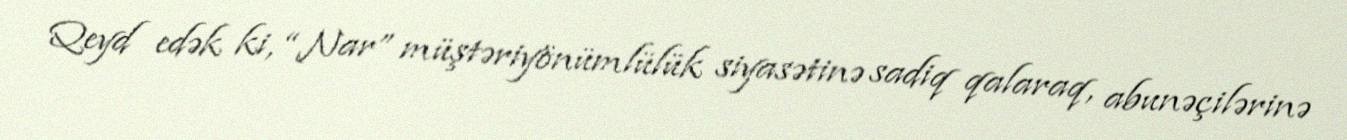
Qeyd edək ki, “Nar” müştəriyönümlülük siyasətinə sadiq qalaraq, abunəçilərinə